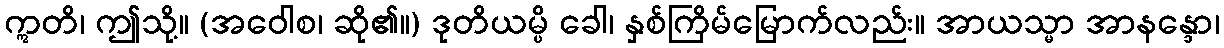
ဣတိ၊ ဤသို့။ (အဝေါစ၊ ဆို၏။) ဒုတိယမ္ပိ ခေါ၊ နှစ်ကြိမ်မြောက်လည်း။ အာယသ္မာ အာနန္ဒော၊